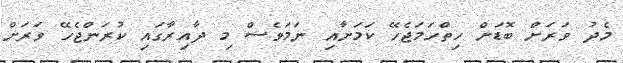
މެދު ވަރަށް ބޮޑަށް ހިތްހަމަޖެހޭ ކަމަށާއި ނަމަވެސް މި ދާއިރާގައި ކުރަންޖެހޭ ވަރަށް